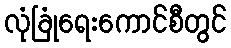
လုံခြုံရေးကောင်စီတွင်